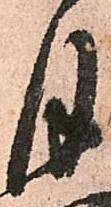
月